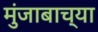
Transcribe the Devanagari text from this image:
मुंजाबाच्या